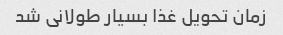
زمان تحویل غذا بسیار طولانی شد